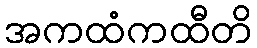
အကထံကထီတိ